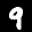
Label: 9